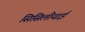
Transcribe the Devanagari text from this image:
सिसिलीयाई